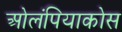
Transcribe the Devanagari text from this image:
ओलंपियाकोस